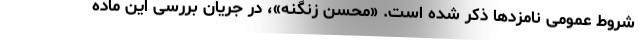
شروط عمومی نامزدها ذکر شده است. «محسن زنگنه»، در جریان بررسی این ماده